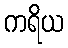
ကရိယ